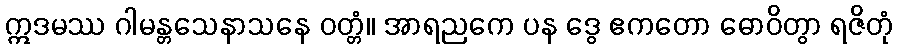
ဣဒမဿ ဂါမန္တသေနာသနေ ဝတ္တံ။ အာရညကေ ပန ဒွေ ဧကတော ဓောဝိတွာ ရဇိတုံ